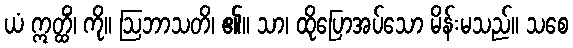
ယံ ဣတ္ထိံ၊ ကို။ ဩဘာသတိ၊ ၏။ သာ၊ ထိုပြောအပ်သော မိန်းမသည်။ သစေ